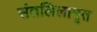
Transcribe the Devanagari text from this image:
संतलिलामृत